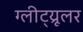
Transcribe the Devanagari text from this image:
ग्लीट्य्रूलर